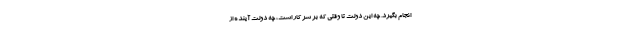
انجام بگیرد. چه این دولت تا وقتی که بر سر کار است، چه دولت آینده از